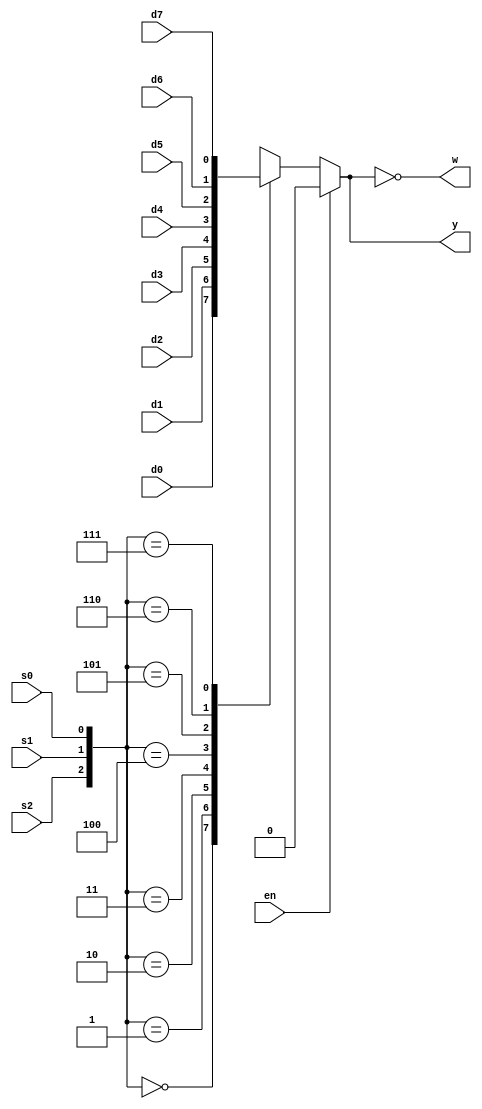
module multiplexer74151(en, s2, s1, s0, d7, d6, d5, d4, d3, d2, d1, d0, y, w);

input en, s2, s1, s0, d7, d6, d5, d4, d3, d2, d1, d0;
output reg y;
output w;

always @(*) begin
    if (~en)
        case ({s2, s1, s0})
            3'b000: y = d0; 
            3'b001: y = d1;
            3'b010: y = d2;
            3'b011: y = d3;
            3'b100: y = d4;
            3'b101: y = d5;
            3'b110: y = d6;
            3'b111: y = d7;
        endcase
    else
        y = 1'b0;
end
assign w = ~y;

endmodule